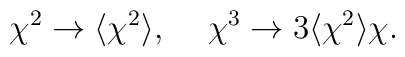
{\chi}^2 \to \langle {\chi}^2 \rangle,\hspace{5 mm}{\chi}^3 \to 3 \langle {\chi}^2 \rangle {\chi}.